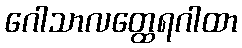
ဂေါသာလတ္ထေရဂါထာ